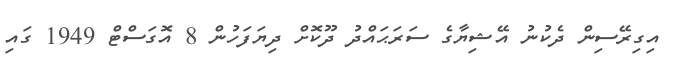
އިގިރޭސިން ދެކުނު އޭޝިޔާގެ ސަރަޙައްދު ދޫކޮށް ދިޔަފަހުން 8 އޮގަސްޓް 1949 ގައި